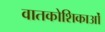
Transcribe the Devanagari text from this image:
वातकोशिकाओं